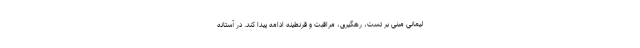
لیمانی مبنی بر تست، رهگیری، مراقبت و قرنطینه ادامه پیدا کند. در آستانه